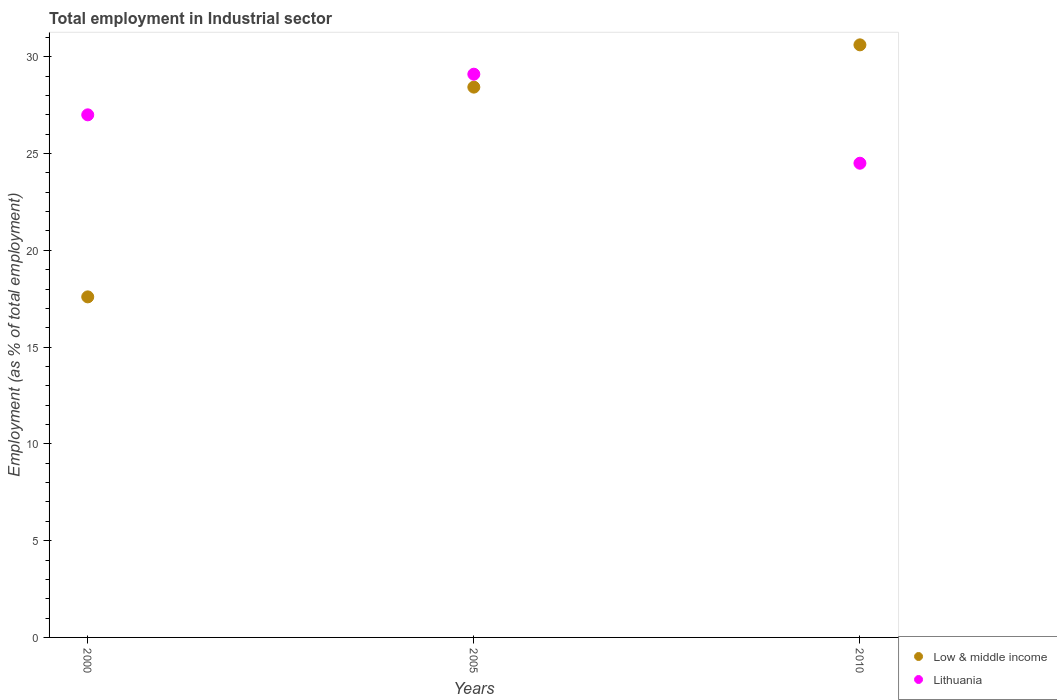
| Years | Low & middle income | Lithuania |
 | --- | --- | --- |
 | 2000 | 17.6 | 27 |
 | 2005 | 28.4 | 29.1 |
 | 2010 | 30.6 | 24.5 |